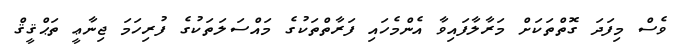
ވެސް މިފަދަ ގޮތްތަކަށް މަރާލާފައިވާ އެންމެހައި ފަރާތްތަކުގެ މައްސަލަތަކުގެ ފުރިހަމަ ޖިނާޢީ ތަޙްޤީޤް